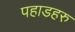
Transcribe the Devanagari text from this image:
पहाडहरु